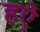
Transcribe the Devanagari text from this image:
हऐ